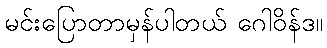
မင်းပြောတာမှန်ပါတယ် ဂေါဝိန်ဒ။